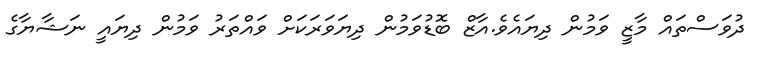
ދުވަސްތައް މާޒީ ވަމުން ދިޔައެވެ.އާޒް ބޮޑުވަމުން ދިޔަވަރަކަށް ވައްތަރު ވަމުން ދިޔައީ ނަޝާޔާގެ